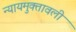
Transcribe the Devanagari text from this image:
न्यायमुक्तावली